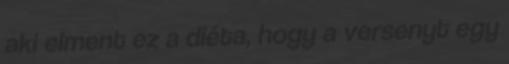
aki elment ez a diéta, hogy a versenyt egy